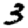
Digit: 3